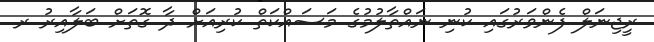
ރީޖިނަލް ފެންވަރުގައި ކުނި ނައްތާލުމުގެ މަސައްކަތް ކުރިއަށް ދާ ގޮތަށް ބަލާއިރު ރ.